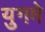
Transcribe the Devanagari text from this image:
युगमे